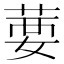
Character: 葽